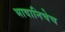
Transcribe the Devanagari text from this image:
भावानिचेच